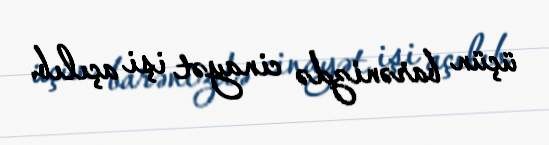
üçün barənizdə cinayət işi açılıb.